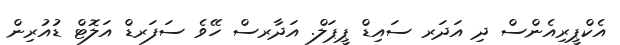
އެކްޕީރިއެންސް ދި އަދަރ ސައިޑް ޕީޕަލް. އަދާރސް ހޭވެ ސަފަރޑް އަލޮޓް ޑުއުރިން